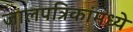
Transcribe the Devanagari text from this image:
जालपत्रिकांमध्ये